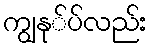
ကျွနု်ပ်လည်း